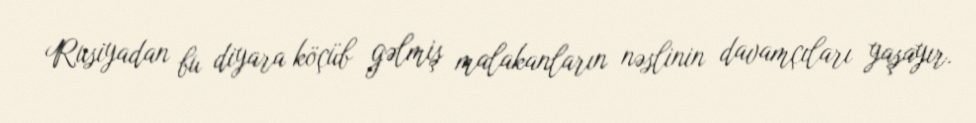
Rusiyadan bu diyara köçüb gəlmiş malakanların nəslinin davamçıları yaşayır.